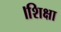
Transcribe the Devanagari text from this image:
।शिक्षा